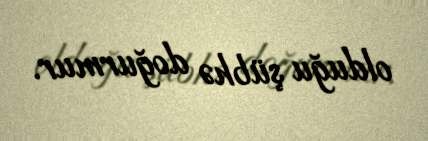
olduğu şübhə doğurmur.